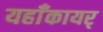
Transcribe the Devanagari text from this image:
यहाँकायर्